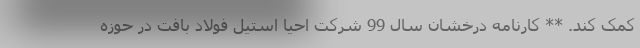
کمک کند. ** کارنامه درخشان سال 99 شرکت احیا استیل فولاد بافت در حوزه